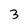
Character: 3